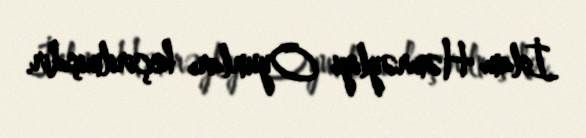
İslam Həmrəyliyi Oyunları keçirilmişdir.